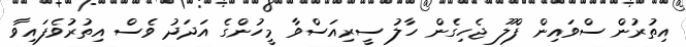
އިތުރުން ސްވައިން ފްލޫ ޖެހިގެން ހާލު ސީރިއަސްވާ މީހުންގެ އަދަދު ވެސް އިތުރުވެފައިވާ